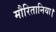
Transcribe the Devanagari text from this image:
मौरितानिया।